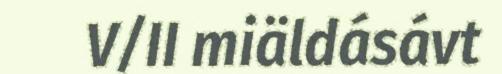
V/II miäldásávt